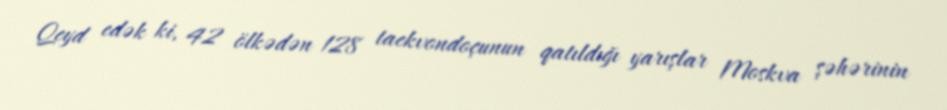
Qeyd edək ki, 42 ölkədən 128 taekvondoçunun qatıldığı yarışlar Moskva şəhərinin